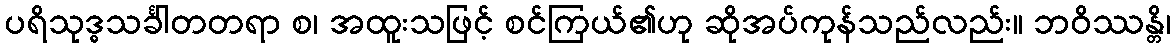
ပရိသုဒ္ဓသင်္ခါတတရာ စ၊ အထူးသဖြင့် စင်ကြယ်၏ဟု ဆိုအပ်ကုန်သည်လည်း။ ဘဝိဿန္တိ၊